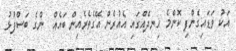
އަކު ވަޑައިގެންފި ކޮންމެ ހިނދެއްގައި އެއުރެން އޭގެތެރެއިން ބައެއް  ންގެ ބަސްފުޅު